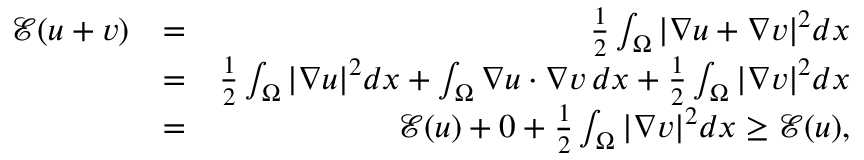
\begin{array} { r l r } { \mathcal E ( u + v ) } & { = } & { \frac 1 2 \int _ { \Omega } | \nabla u + \nabla v | ^ { 2 } d x } \\ & { = } & { \frac 1 2 \int _ { \Omega } | \nabla u | ^ { 2 } d x + \int _ { \Omega } \nabla u \cdot \nabla v \, d x + \frac 1 2 \int _ { \Omega } | \nabla v | ^ { 2 } d x } \\ & { = } & { \mathcal E ( u ) + 0 + \frac 1 2 \int _ { \Omega } | \nabla v | ^ { 2 } d x \geq \mathcal E ( u ) , } \end{array}